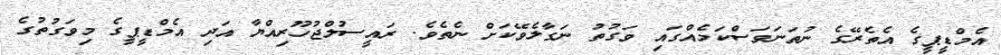
އެމްޑީޕީގެ އެތެރޭގެ ނުތަނަވަސްކަމެއްގައި ވަގުތު ނަގާލެވޭކަށް ނެތެވެ. ރައީސުލްޖުހޫރިއްޔާ އަދި އެމްޑީޕީގެ މިވަގުތުގެ